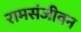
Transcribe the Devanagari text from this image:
रामसंजीवन